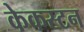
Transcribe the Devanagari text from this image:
केकस्टन